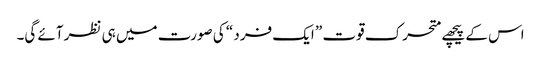
اس کے پیچھے متحرک قوت ” ایک فرد “ کی صورت میں ہی نظر آئے گی۔